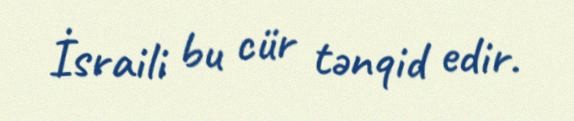
İsraili bu cür tənqid edir.